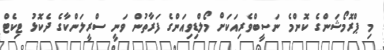
މި ޕްރޮމޯޝަންގެ ކޮންމެ ނަސީބްވެރިއަކަށް މޯލްޑިވިއަންގެ ފަރާތުން ވަނީ ސްރީލަންކާގެ ދެކޮޅު ޓިކެޓް